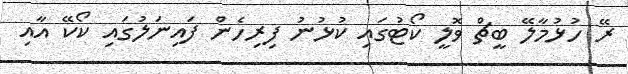
ރޭ ހުޅުމާލޭ ބީޗް ވޮލީ ކޯޓުގައި ކުޅުނު ފިރިހެން ފައިނަލުގައި ކޯކޭ އާއި